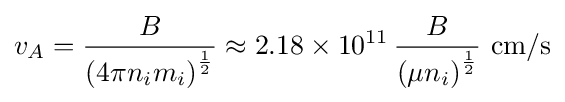
v_{A}={\frac {B}{\left(4\pi n_{i}m_{i}\right)^{\frac {1}{2}}}}\approx 2.18\times 10^{11}\,{\frac {B}{\left(\mu n_{i}\right)^{\frac {1}{2}}}}\ {\mbox{cm/s}}